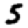
Digit: 5